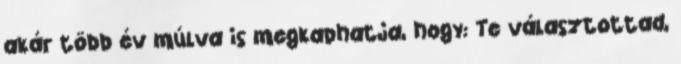
akár több év múlva is megkaphatja, hogy: Te választottad,